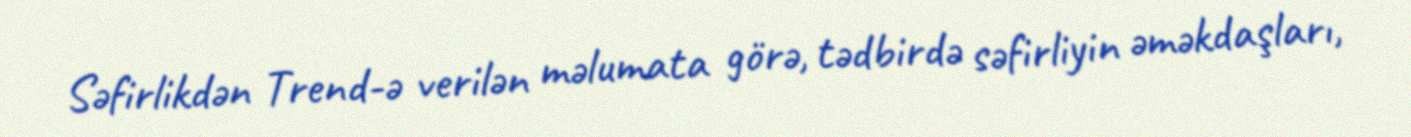
Səfirlikdən Trend-ə verilən məlumata görə, tədbirdə səfirliyin əməkdaşları,